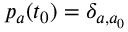
p _ { a } ( t _ { 0 } ) = \delta _ { a , a _ { 0 } }